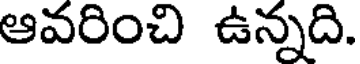
ఆవరించి ఉన్నది.